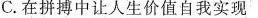
C.在拼搏中让人生价值自我实现